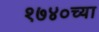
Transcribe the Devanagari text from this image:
१७४०च्या